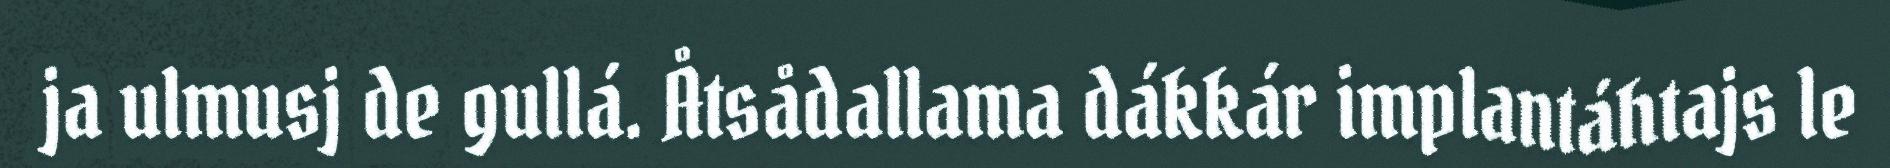
ja ulmusj de gullá. Åtsådallama dákkár implantáhtajs le